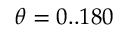
\theta = 0 . . 1 8 0